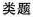
类题